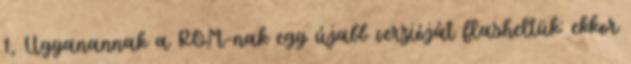
1, Ugyanannak a ROM-nak egy újabb verzióját flasheltük: ekkor